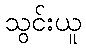
သွင်းယူ